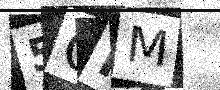
Text: 5CNM